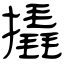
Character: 撬